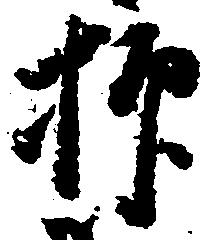
抑